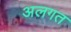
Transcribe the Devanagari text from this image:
अलगत